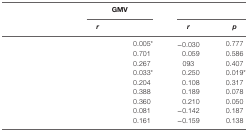
<table><thead><tr><td>[EMPTY_CELL]</td><td colspan="2"><b>GMV</b></td><td colspan="2">[EMPTY_CELL]</td></tr><tr><td>[EMPTY_CELL]</td><td><b><i>r</i></b></td><td>[EMPTY_CELL]</td><td><b><i>r</i></b></td><td><b><i>p</i></b></td></tr></thead><tbody><tr><td>[EMPTY_CELL]</td><td>[EMPTY_CELL]</td><td>0.005*</td><td>−0.030</td><td>0.777</td></tr><tr><td>[EMPTY_CELL]</td><td>[EMPTY_CELL]</td><td>0.701</td><td>0.059</td><td>0.586</td></tr><tr><td>[EMPTY_CELL]</td><td>[EMPTY_CELL]</td><td>0.267</td><td>093</td><td>0.407</td></tr><tr><td>[EMPTY_CELL]</td><td>[EMPTY_CELL]</td><td>0.033*</td><td>0.250</td><td>0.019*</td></tr><tr><td>[EMPTY_CELL]</td><td>[EMPTY_CELL]</td><td>0.204</td><td>0.108</td><td>0.317</td></tr><tr><td>[EMPTY_CELL]</td><td>[EMPTY_CELL]</td><td>0.388</td><td>0.189</td><td>0.078</td></tr><tr><td>[EMPTY_CELL]</td><td>[EMPTY_CELL]</td><td>0.360</td><td>0.210</td><td>0.050</td></tr><tr><td>[EMPTY_CELL]</td><td>[EMPTY_CELL]</td><td>0.081</td><td>−0.142</td><td>0.187</td></tr><tr><td>[EMPTY_CELL]</td><td>[EMPTY_CELL]</td><td>0.161</td><td>−0.159</td><td>0.138</td></tr></tbody></table>